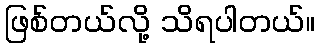
ဖြစ်တယ်လို့ သိရပါတယ်။